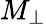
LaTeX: M_{\perp}